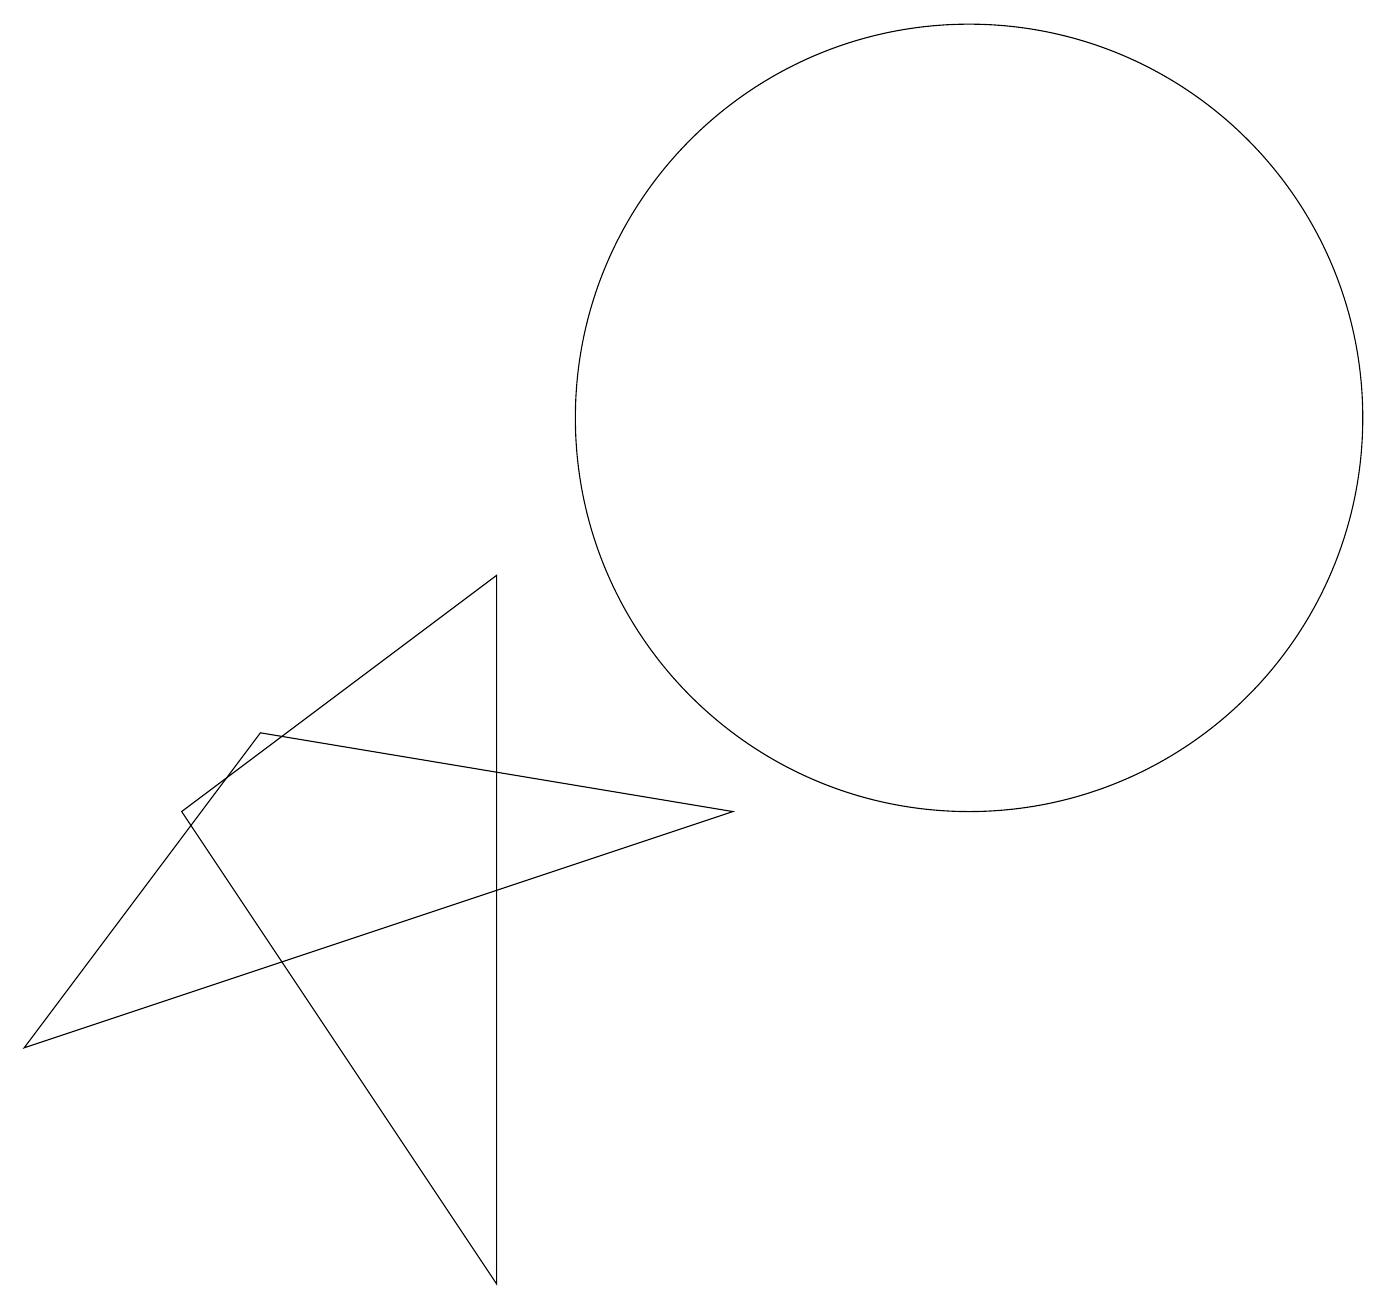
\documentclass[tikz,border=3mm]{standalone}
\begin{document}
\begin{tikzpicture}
\draw (12,11) circle (5);
\draw (6,0) -- (6,9) -- (2,6) -- cycle;
\draw (3,7) -- (9,6) -- (0,3) -- cycle;
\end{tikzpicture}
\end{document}